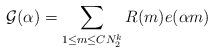
LaTeX: \begin{align*}\mathcal G(\alpha)=\sum_{1\le m\le CN_2^k}R(m)e(\alpha m)\end{align*}